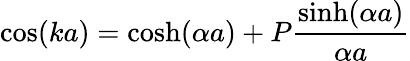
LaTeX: \cos(ka)=\cosh(\alpha a)+P{\frac{\sinh(\alpha a)}{\alpha a}}